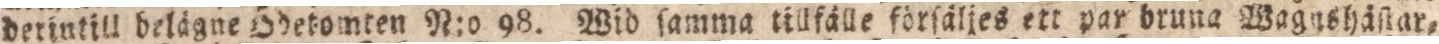
derintill delägne Ödetomten N:o 98. Wid ſamma tillfälle förſäljes ett par bruna Wagushäſtar=